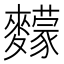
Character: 䵆